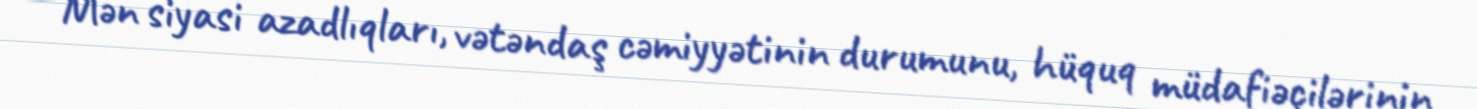
Mən siyasi azadlıqları, vətəndaş cəmiyyətinin durumunu, hüquq müdafiəçilərinin